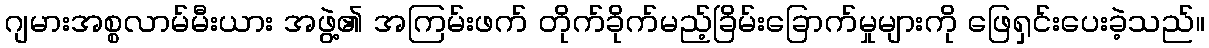
ဂျမားအစ္စလာမ်မီးယား အဖွဲ့၏ အကြမ်းဖက် တိုက်ခိုက်မည့်ခြိမ်းခြောက်မှုများကို ဖြေရှင်းပေးခဲ့သည်။